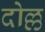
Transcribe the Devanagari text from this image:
दोल्ल